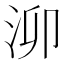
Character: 泖